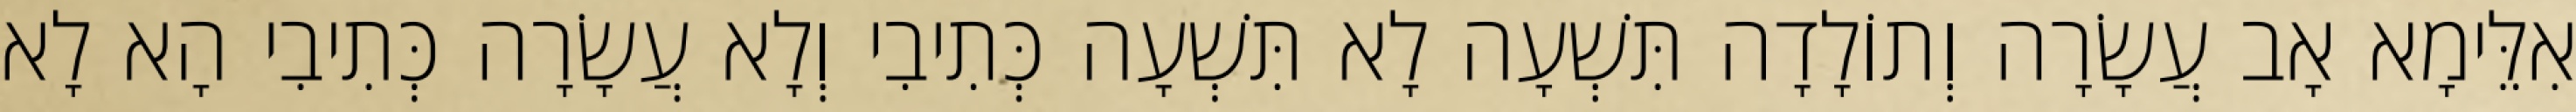
אִלֵּימָא אָב עֲשָׂרָה וְתוֹלָדָה תִּשְׁעָה לָא תִּשְׁעָה כְּתִיבִי וְלָא עֲשָׂרָה כְּתִיבִי הָא לָא